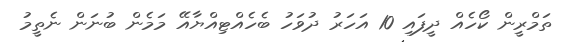
ތަމްރީން ކޯހެއް ދީފައި 10 އަހަރު ދުވަހު ބެހެއްޓިއްޔާއޭ މަމެން ބުނަން ނެތީމު